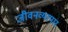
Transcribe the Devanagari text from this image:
जीवनव्यापार